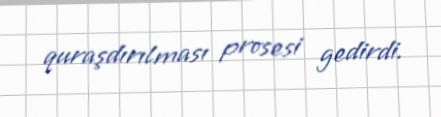
quraşdırılması prosesi gedirdi.